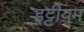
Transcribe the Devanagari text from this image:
इट्टीयम